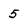
Character: 5